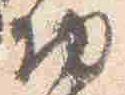
物